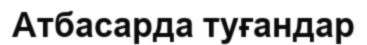
Атбасарда туғандар